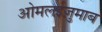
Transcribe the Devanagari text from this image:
ओमलईज़ुमाब